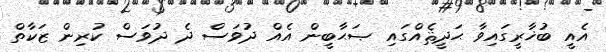
އެއީ ބުޚާރީގައިވާ ޙަދީޘެއްގައި ޞަޙާބީން އެއް ދުވަސް ދެ ދުވަސް ކުރިން ޒަކާތް